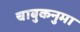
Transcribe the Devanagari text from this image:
चाबुकनुमा